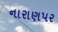
નારાણપર